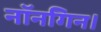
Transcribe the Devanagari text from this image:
नॉनगिन।